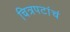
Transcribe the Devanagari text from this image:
चित्रपटांचं